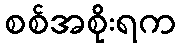
စစ်အစိုးရက